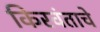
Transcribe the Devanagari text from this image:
किरवंताचे